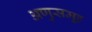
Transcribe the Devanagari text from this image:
अणुसमूह